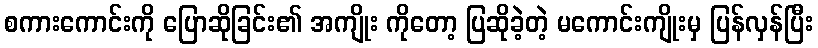
စကားကောင်းကို ပြောဆိုခြင်း၏ အကျိုး ကိုတော့ ပြဆိုခဲ့တဲ့ မကောင်းကျိုးမှ ပြန်လှန်ပြီး